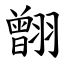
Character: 䎖